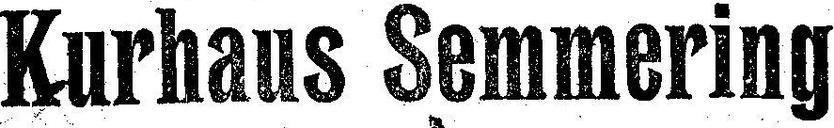
Kurhaus Semmering